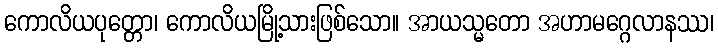
ကောလိယပုတ္တော၊ ကောလိယမြို့သားဖြစ်သော။ အာယသ္မတော အဟာမဂ္ဂေလာနဿ၊